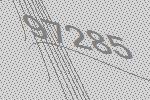
97285